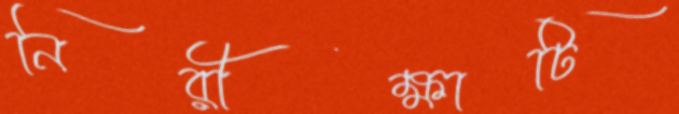
নিরীক্ষাটি